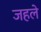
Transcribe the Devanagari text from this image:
जहले